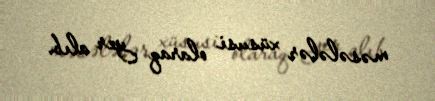
məsələlər xüsusi olaraq yer alıb.